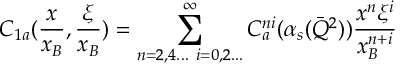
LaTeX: C _ { 1 a } ( { \frac { x } { x _ { B } } } , { \frac { \xi } { x _ { B } } } ) = \sum _ { n = 2 , 4 . . . ~ i = 0 , 2 . . . } ^ { \infty } C _ { a } ^ { n i } ( \alpha _ { s } ( \bar { Q } ^ { 2 } ) ) { \frac { x ^ { n } \xi ^ { i } } { x _ { B } ^ { n + i } } }